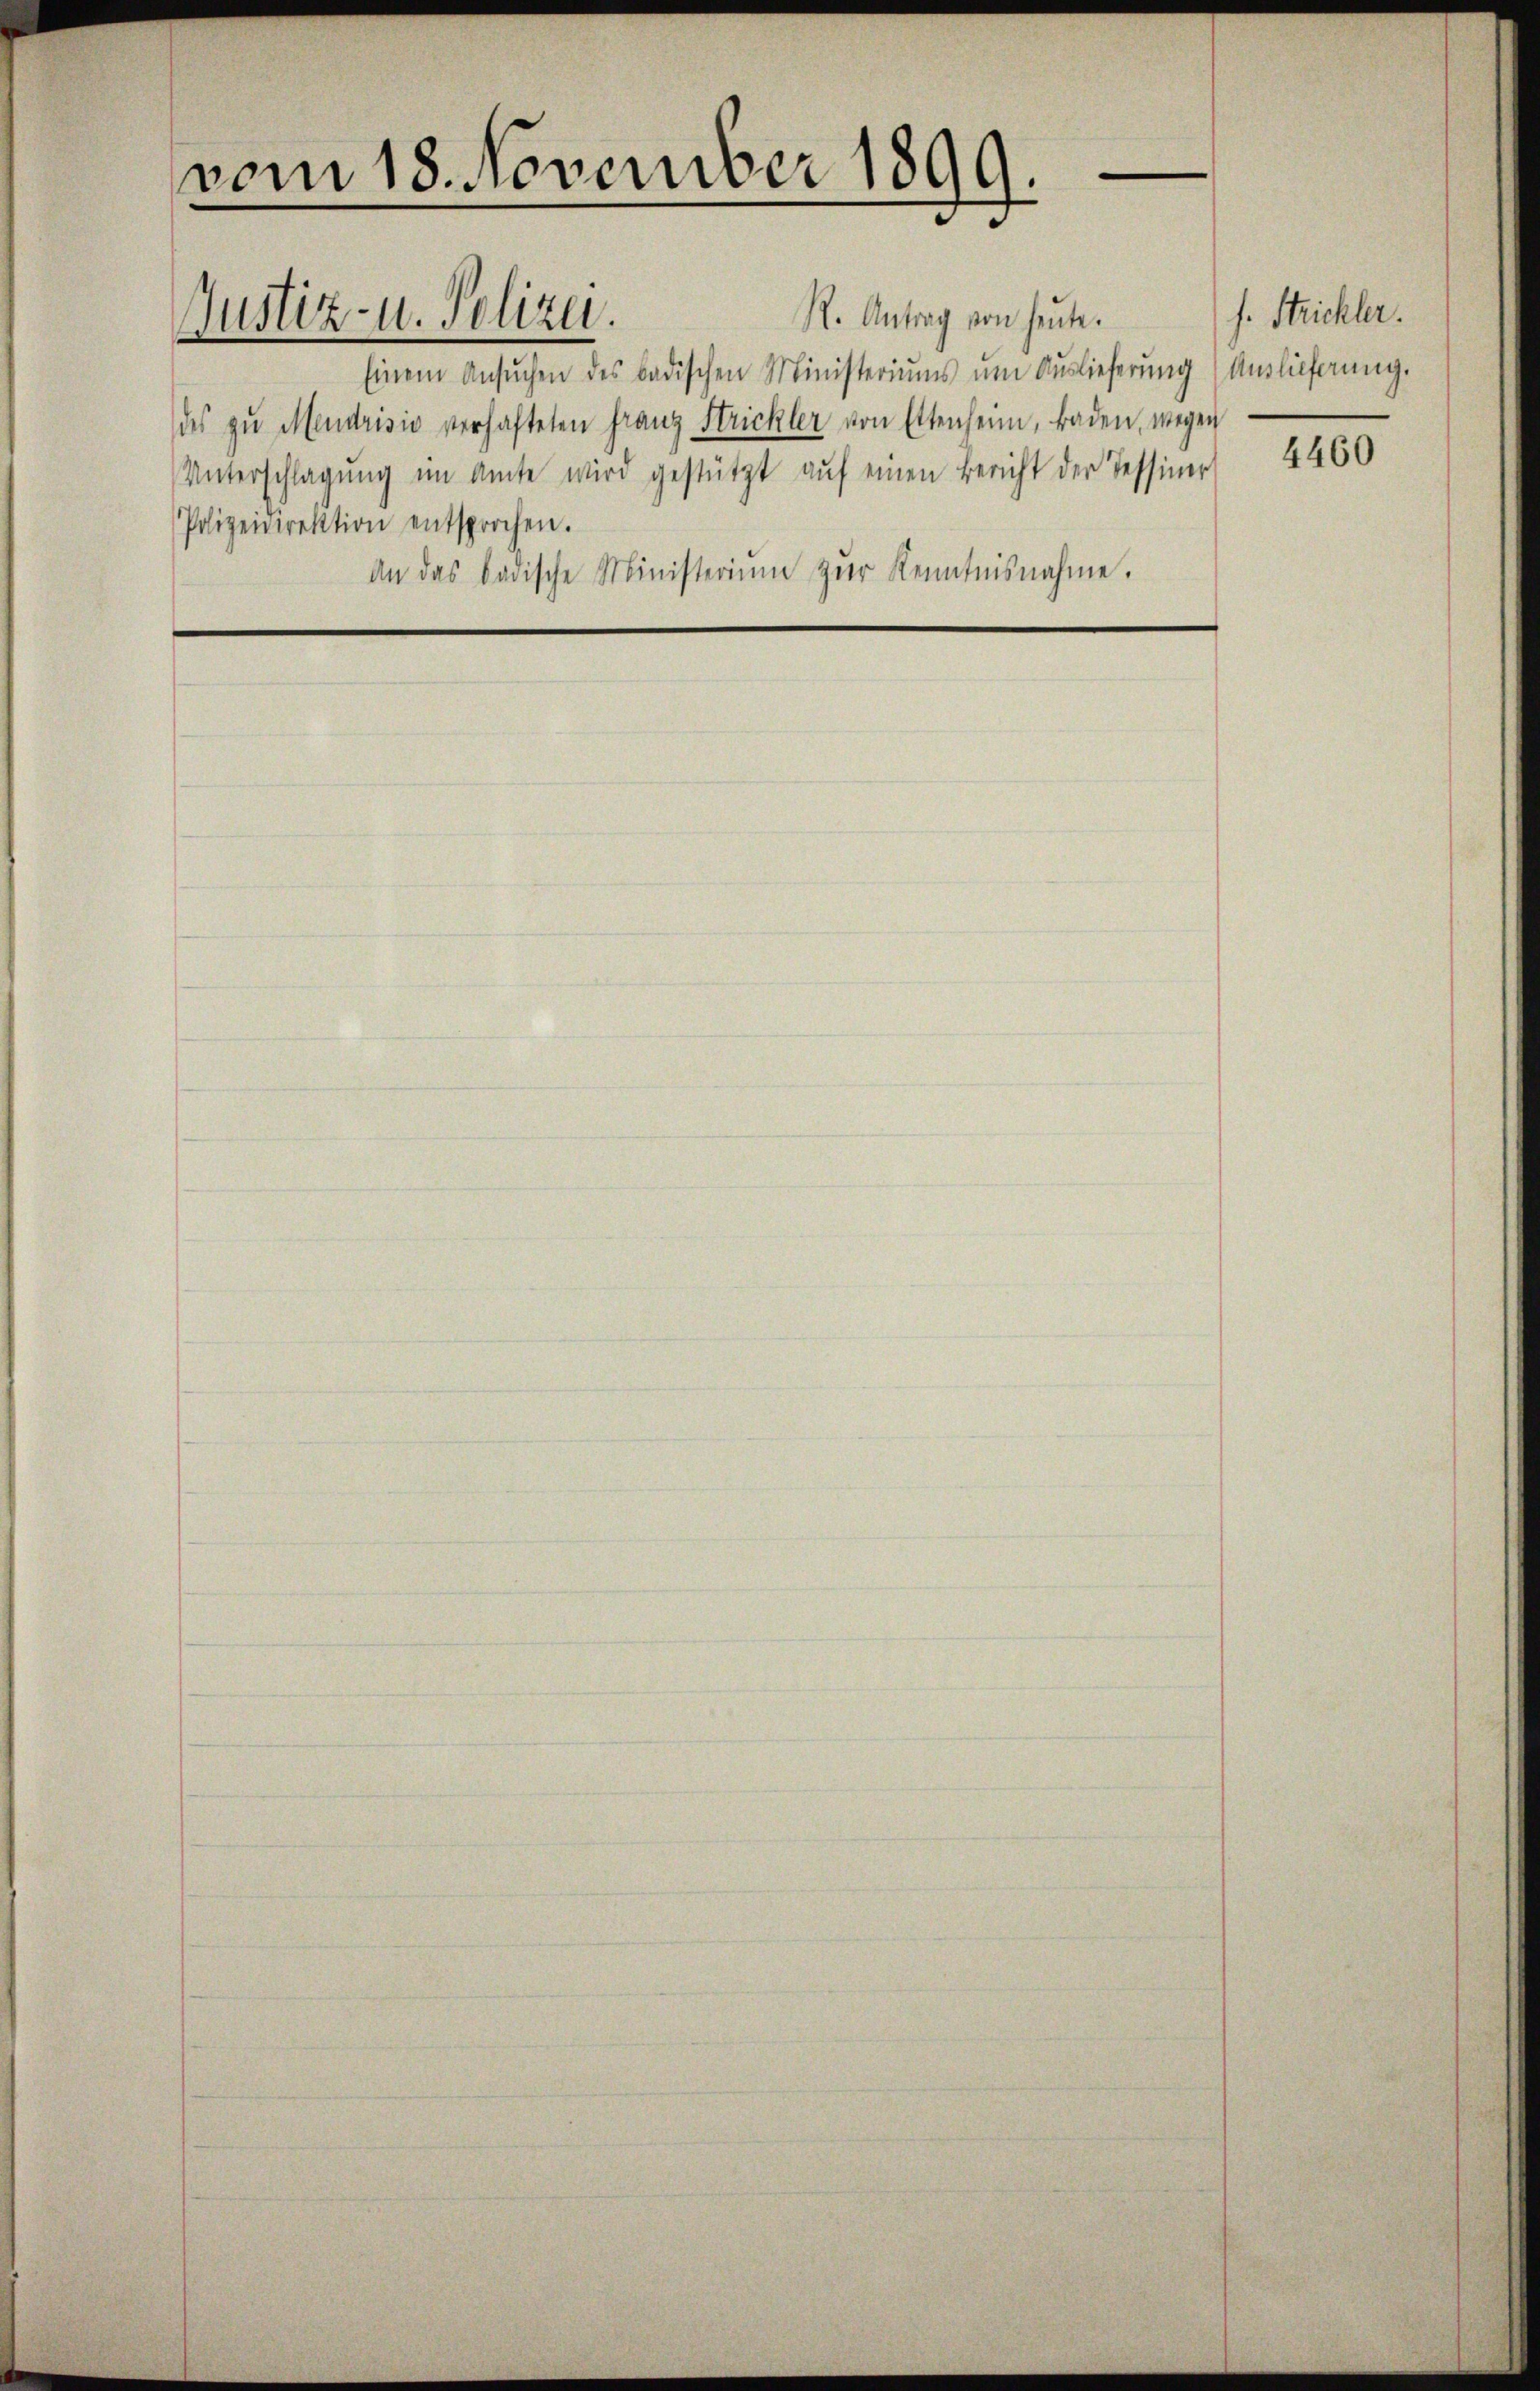
vom 18. November 1899.
e

Justiz- u. Polizei.

R. Antrag von heute.
Einem Ansŭchen des badischen Ministeriŭms ŭm Aŭslieferŭng (Auslieferŭng.
des zu Mendrisio verhafteten Franz Strickler von Ettenheim, Baden, wegen
Unterschlagung im Amte wird gestützt aŭf einen Bericht der Tessiner
Polizeidirektion entsprochen.
an das badische Ministeriŭm zŭr Kenntnisnahme.

f. Strickler.
4460